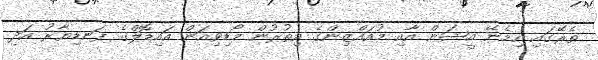
ތެރޭގައި ހިމެނޭ އީޝަން އާއި މުއައްޒިންގެ އިތުރުން މޯޑިވިއަން އައިޑޮލްގެ ފަނޑިޔާރު އަދި